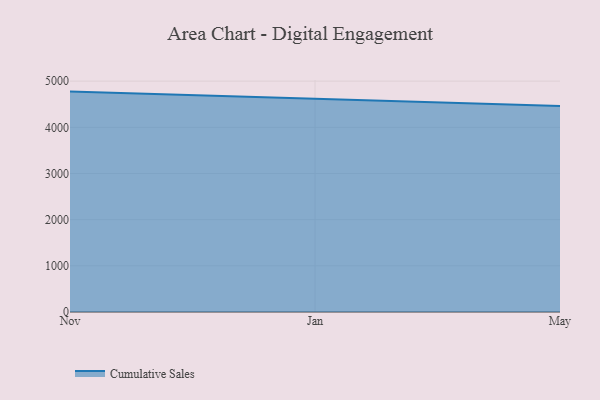
{"axis": {"x": "Month", "y": "Headcount"}, "legend": ["Cumulative Sales"], "data": [{"x": "Nov", "y": 4773.7, "type": "Cumulative Sales"}, {"x": "Jan", "y": 4613.5, "type": "Cumulative Sales"}, {"x": "May", "y": 4464.3, "type": "Cumulative Sales"}]}